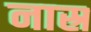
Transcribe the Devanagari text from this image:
नास्र